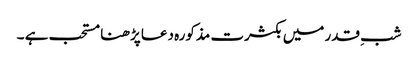
شبِ قدر میں بکثرت مذکورہ دعا پڑھنا مستحب ہے ۔